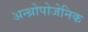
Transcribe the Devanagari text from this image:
अन्थ्रोपोजेनिक